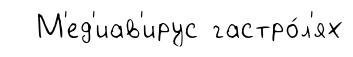
М'ед'иав'ирус гастро́л'ях